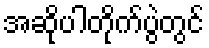
အဆိုပါတိုက်ပွဲတွင်